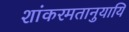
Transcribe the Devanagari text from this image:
शांकरमतानुयायि